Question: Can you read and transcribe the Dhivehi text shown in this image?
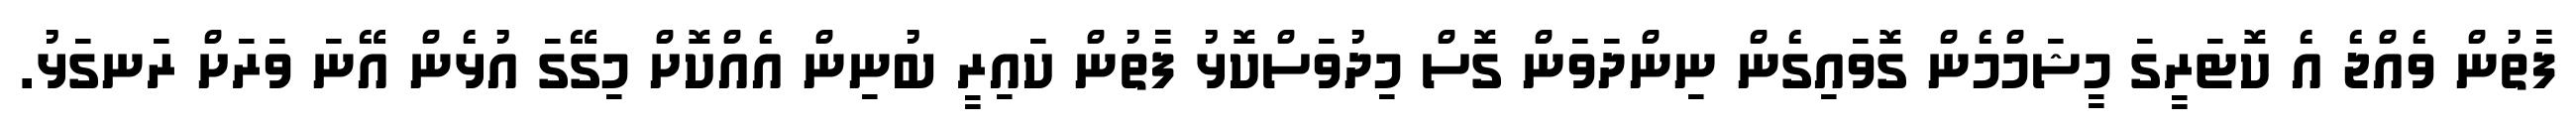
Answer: ފާތުން ވެއްޖެ އެ ކޮޓަރީގަ މީޝަމްމެން ގޮވައިގެން ނިންދަވަން ގޮސް މިދުވަސްކޮޅު ފާތުން ކައިރީ ބުނިން އެއްކޮށް މިގޭގަ އުޅެން އޭނަ ވަރަށް ރަނގަޅު.